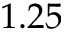
1 . 2 5